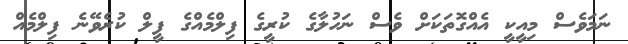
ނަމަވެސް މިއީކީ އެއްގޮތަކަށް ވެސް ނަހުލާގެ ކުރީގެ ފިލްމެއްގެ ފީލް ކުރެވޭނެ ފިލްމެއް